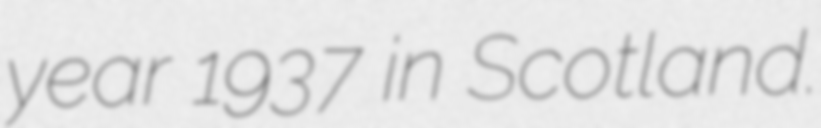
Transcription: year 1937 in Scotland.